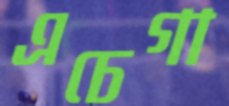
এচেগা